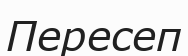
Пересеп